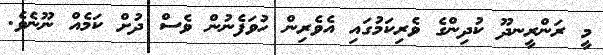
މީ ރަންރީނދޫ ކުދިންގެ ވެރިކަމުގައި އެވެރިން ހުވަފެނުން ވެސް ދުށް ކަމެއް ނޫނެވެ.